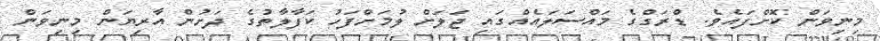
މިނިވަން ކޮށްފައެވެ. ޑްރަގްގެ މައްސަލައެއްގައި ޖަލަށް ލުމަށްފަހު ކަފާލާތުގެ ދަށުން އާރިޔަން މިނިވަން